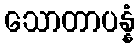
သောတာပန္နံ